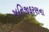
ખનિજીકરણના